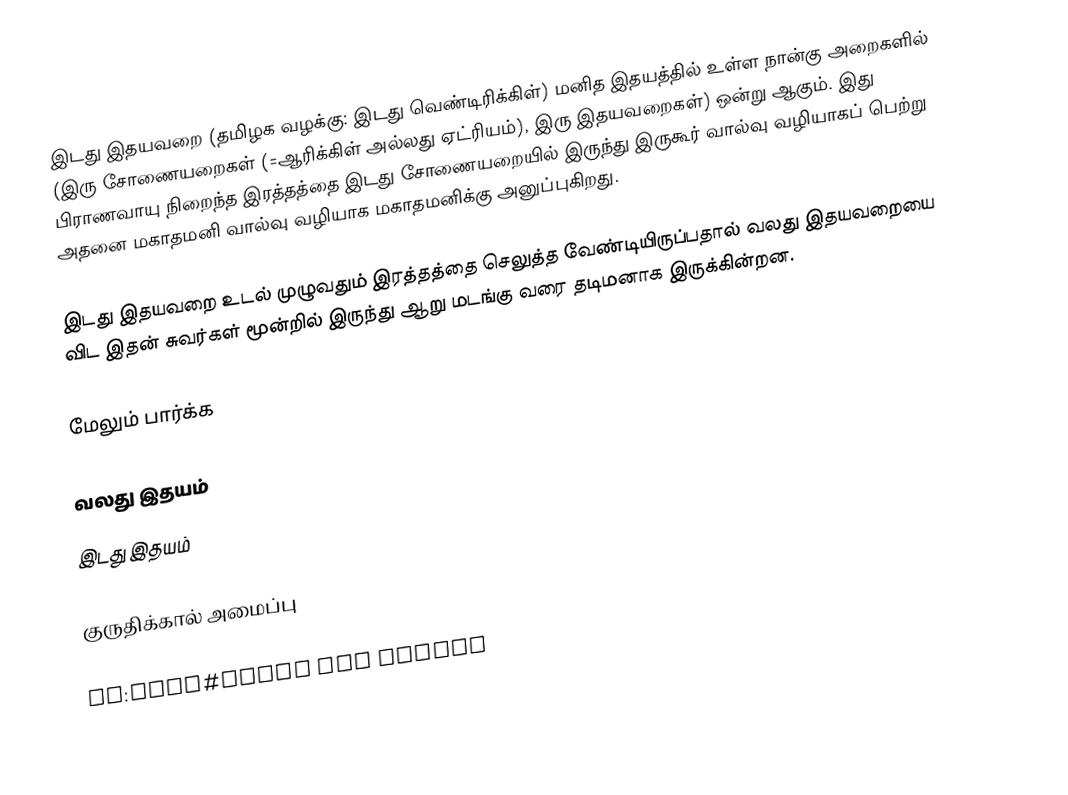
இடது இதயவறை (தமிழக வழக்கு: இடது வெண்டிரிக்கிள்) மனித இதயத்தில் உள்ள நான்கு அறைகளில் (இரு சோணையறைகள் (=ஆரிக்கிள் அல்லது ஏட்ரியம்), இரு இதயவறைகள்) ஒன்று ஆகும். இது பிராணவாயு நிறைந்த இரத்தத்தை இடது சோணையறையில் இருந்து இருகூர் வால்வு வழியாகப் பெற்று அதனை மகாதமனி வால்வு வழியாக மகாதமனிக்கு அனுப்புகிறது.

இடது இதயவறை உடல் முழுவதும் இரத்தத்தை செலுத்த வேண்டியிருப்பதால் வலது இதயவறையை விட இதன் சுவர்கள் மூன்றில் இருந்து ஆறு மடங்கு வரை தடிமனாக இருக்கின்றன.

மேலும் பார்க்க

 வலது இதயம்
 இடது இதயம்

குருதிக்கால் அமைப்பு

de:Herz#Räume und Gefäße